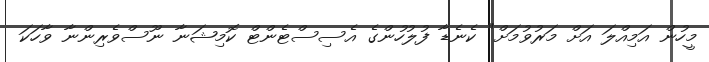
މީހުން އަމިއްލަ އަށް މަރުވުމަށް" ކެނެޑާ ފުލުހުންގެ އެސިސްޓެންޓް ކޮމިޝަނާ ނޫސްވެރިންނާ ވާހަކަ